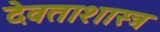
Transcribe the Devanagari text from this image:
देवताशास्त्र